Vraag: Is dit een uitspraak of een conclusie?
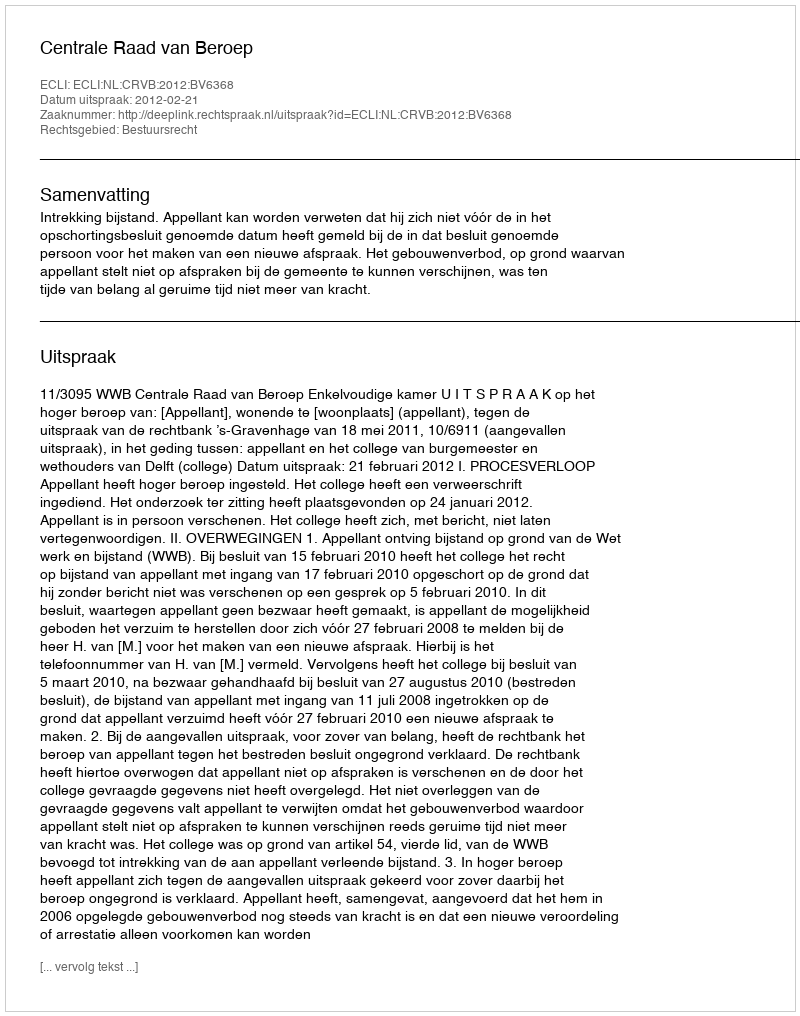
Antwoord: Uitspraak